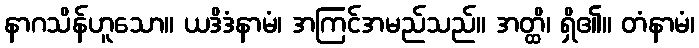
နာဂသိန်ဟူသော။ ယဒိဒံနာမံ၊ အကြင်အမည်သည်။ အတ္ထိ၊ ရှိ၏။ တံနာမံ၊